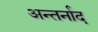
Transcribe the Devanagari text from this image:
अन्तर्नाद